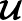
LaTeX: \boldsymbol{\mathcal U}